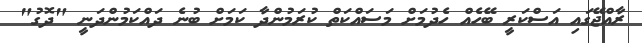
ރާއްޖޭގައި އަސްކަރީ ބޭހެއް ހެދުމަށް މަސައްކަތް ކުރަމުންދާ ކަމަށް ބުނެ ދައްކަމުންދަނީ "ދޮގު"